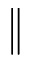
\Vert